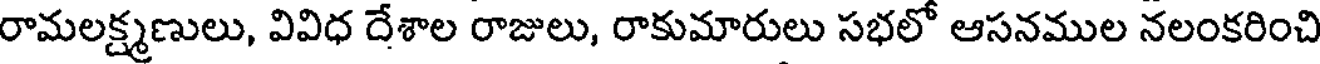
రామలక్ష్మణులు, వివిధ దేశాల రాజులు, రాకుమారులు సభలో ఆసనముల నలంకరించి